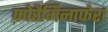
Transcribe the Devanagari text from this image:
फ़ोरैमिनाफ़ेरा